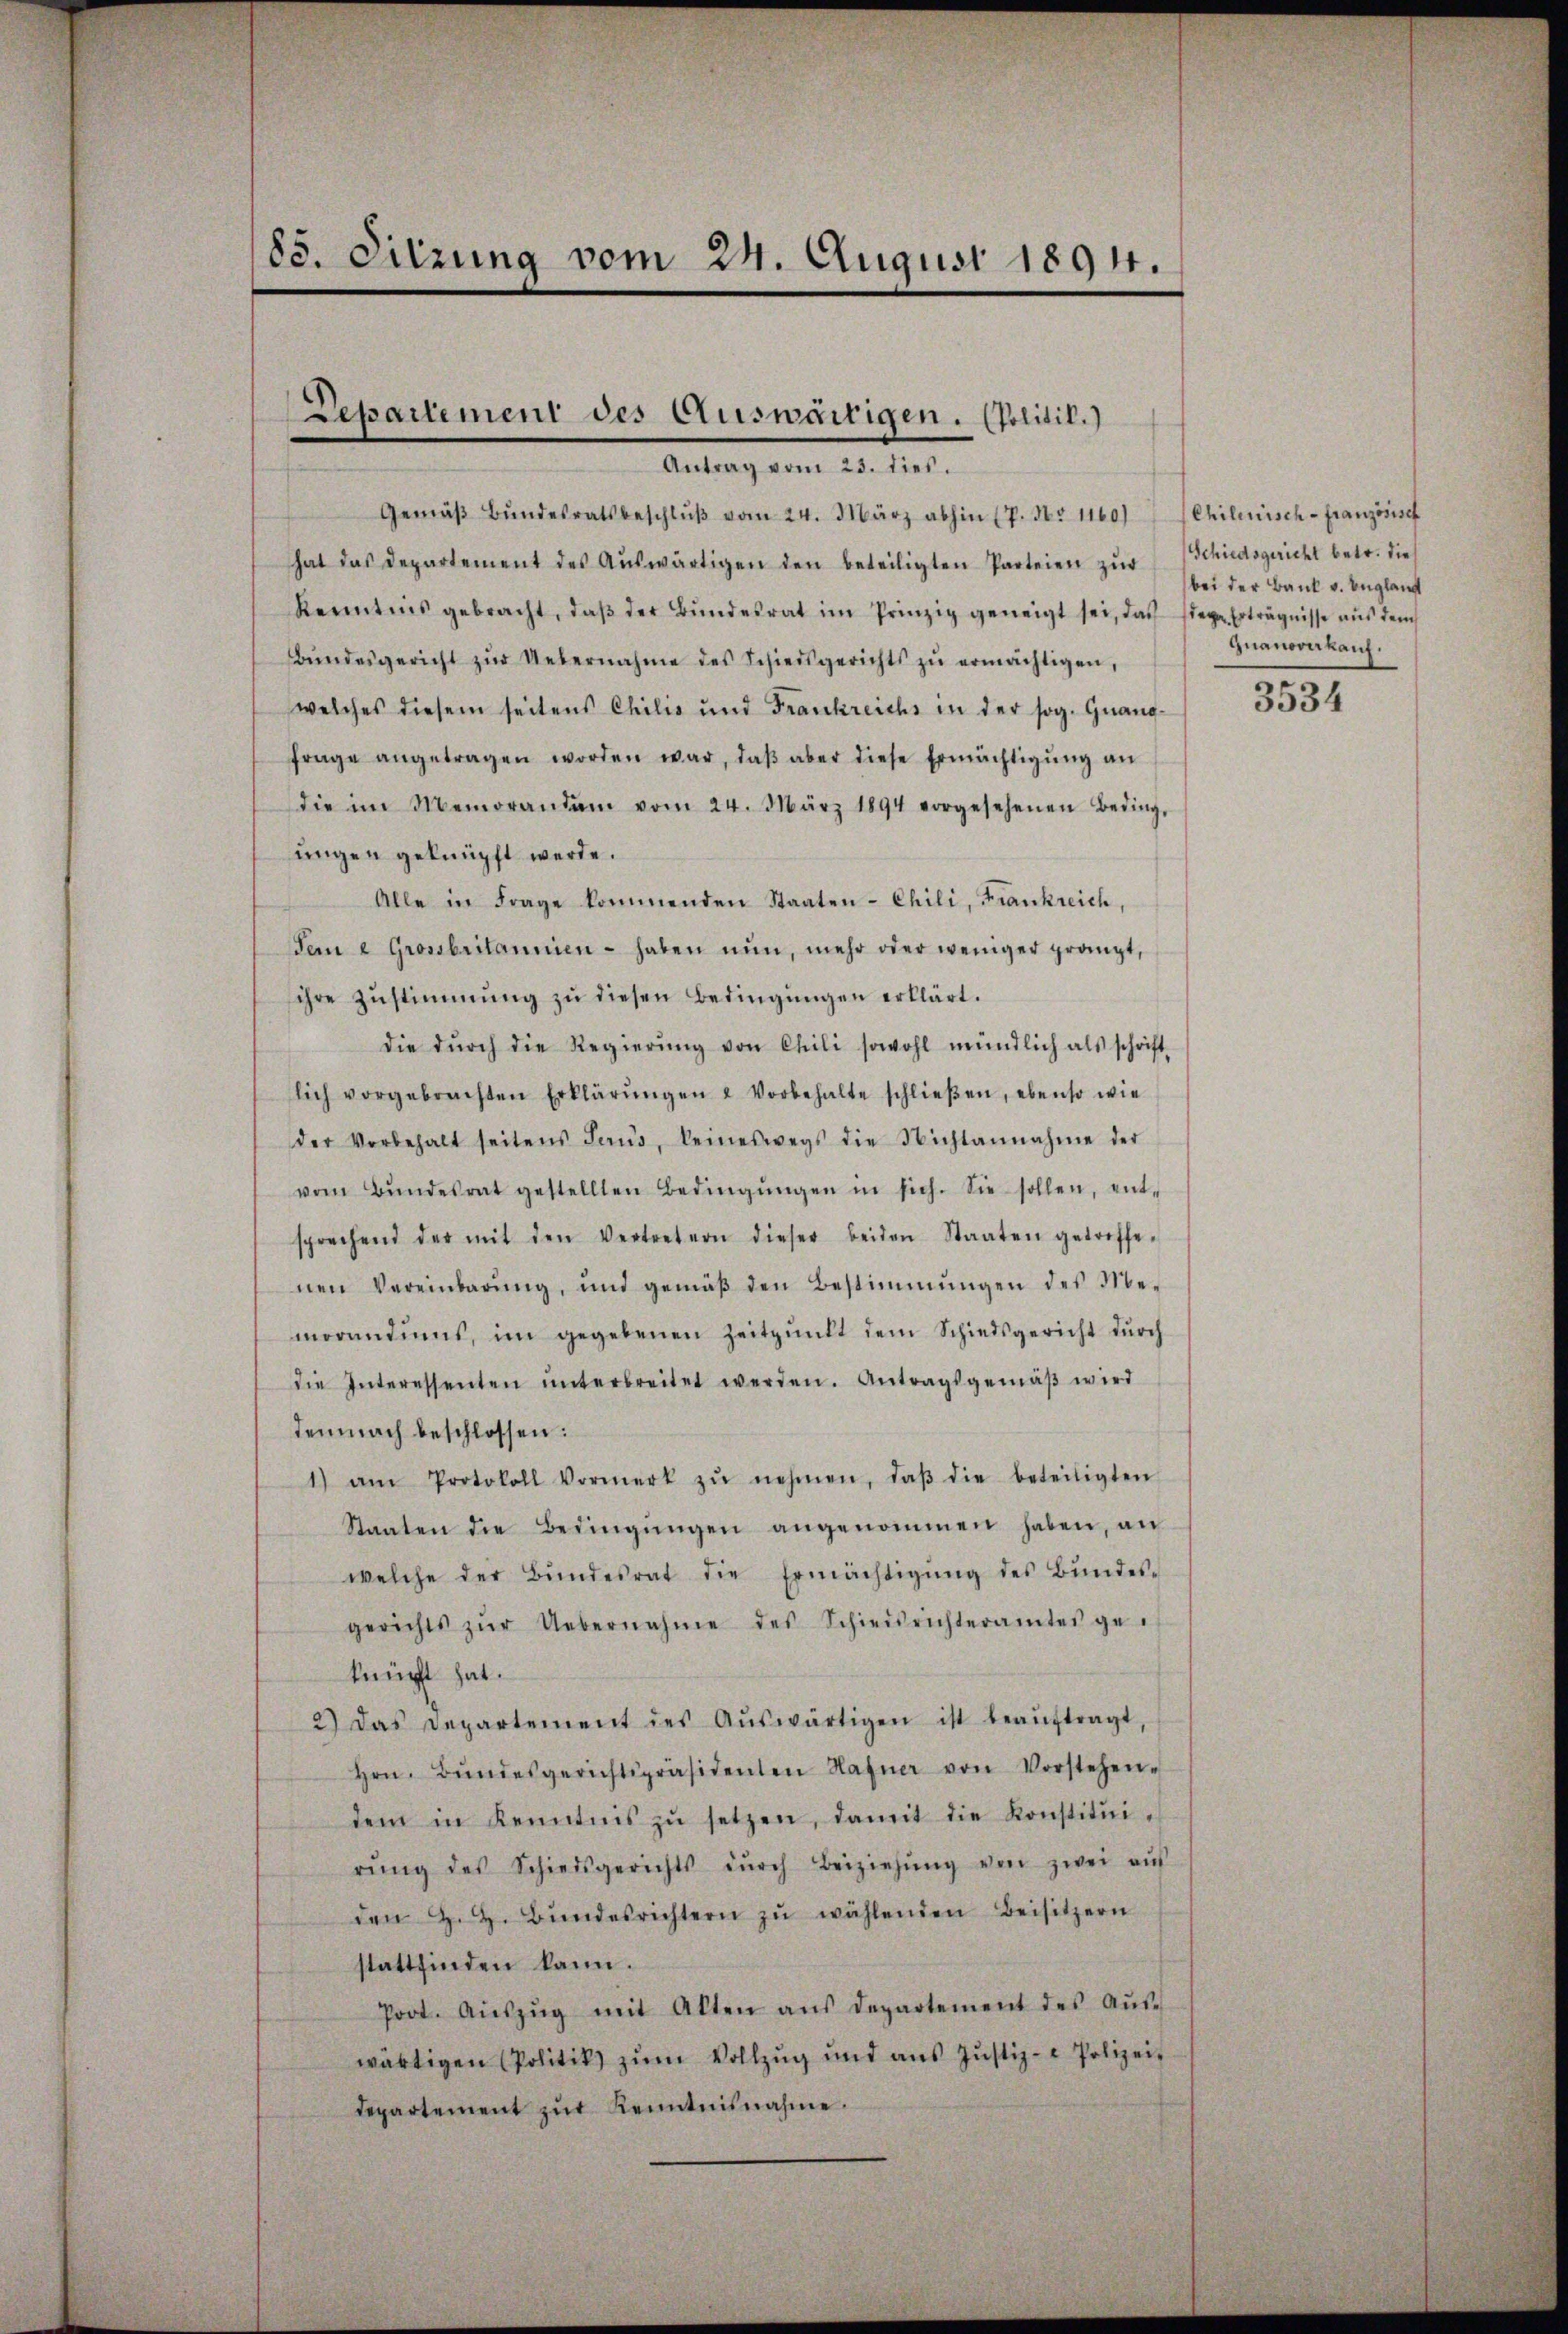
85. Sitzung vom 24. August 1894.

Departement des Auswärtigen. (Politik.)
Antrag vom 23. dies.

Gemäβ Bŭndesratsbeschlŭβ vom 24. März abhin (P. Nr. 1160) Schilenisch-Französisch
hat das Departement des Aŭswärtigen den beteiligten Parteien zŭr
Kenntnis gebracht, daβ der Bŭndesrat im Prinzip geneigt sei, das siege Erträgnisse aus dem
Bŭndesgericht zŭr Uebernahme des Schiedsgerichts zŭ ermächtigen,
welches diesem seitens Chilis und Frankreichs in der sog. Quang-
frage angetragen worden war, daβ aber diese Ermächtigŭng an
die im Memorandam vom 24. März 1894 vorgesehenen Beding-
ungen geknüpft werde.
Alle in Frage kommenden Staaten-Chili, Frankreich,
Terne Grossbritannien - haben nun, mehr oder weniger gränzt,
sihre Zustimmung zu diesen Bedingungen erklärt.
die dŭrch die Regierŭng von Chili sowohl mündlich als schrift-
lich vorgebrachten Erklärŭngen & Vorbehalte schlieβen, ebenso wie
der Vorbehalt seitens Haŭs, keineswegs die Nichtannahme der
vom Bŭndesrat gestellten Bedingŭngen in sich. Sie sollen, ent-
sprechend der mit den Vertretern dieser beiden Staaten getroffe-
nen Vereinbarŭng, und gemäβ den Bestimmungen des Me-
morandiums, im gegebenen Zeitpunkt dem Schiedsgericht dŭrch
die Interessenten ŭnterbreitet werden. Antragsgemäβ wird
demnach beschlossen:
1) am Protokoll Vormerk zŭ nehmen, daβ die beteiligten
Staaten die Bedingŭngen angenommen haben, an
welche der Bŭndesrat die Ermächtigŭng des Bŭndes-
gerichts zŭr Uebernahme des Schiedsrichteramtes ge-
knüpft hat.
2) Das Departement des Aŭswärtigen ist beaŭftragt,
Hrn. Bŭndesgerichtspräsidenten Hafner von Vorstehen-
dem in Kenntnis zŭ setzen, damit die Konstitŭi-
rŭng des Schiedsgerichts dŭrch Beiziehŭng von zwei aŭf
den H. H. Bŭndesrichtern zŭ wählenden Beisitzern
stattfinden kann.
Poot. Aŭszŭg mit Alten aŭs departement des Aŭs-
wärtigen Politik zŭm Vollzŭg und ans Justiz- & Polizei-
departement zŭr Kenntnisnahme.

Schiedsgericht betr. die
bei der Bank v. Englaubt
Quanoverkauf.

3534